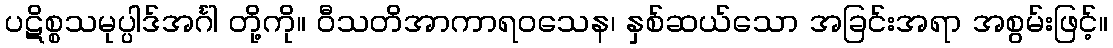
ပဋိစ္စသမုပ္ပါဒ်အင်္ဂါ တို့ကို။ ဝီသတိအာကာရဝသေန၊ နှစ်ဆယ်သော အခြင်းအရာ အစွမ်းဖြင့်။